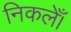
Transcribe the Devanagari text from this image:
निकलेँ।